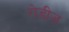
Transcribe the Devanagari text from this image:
रोडीज़